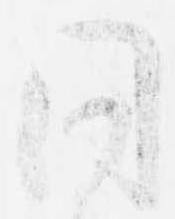
同